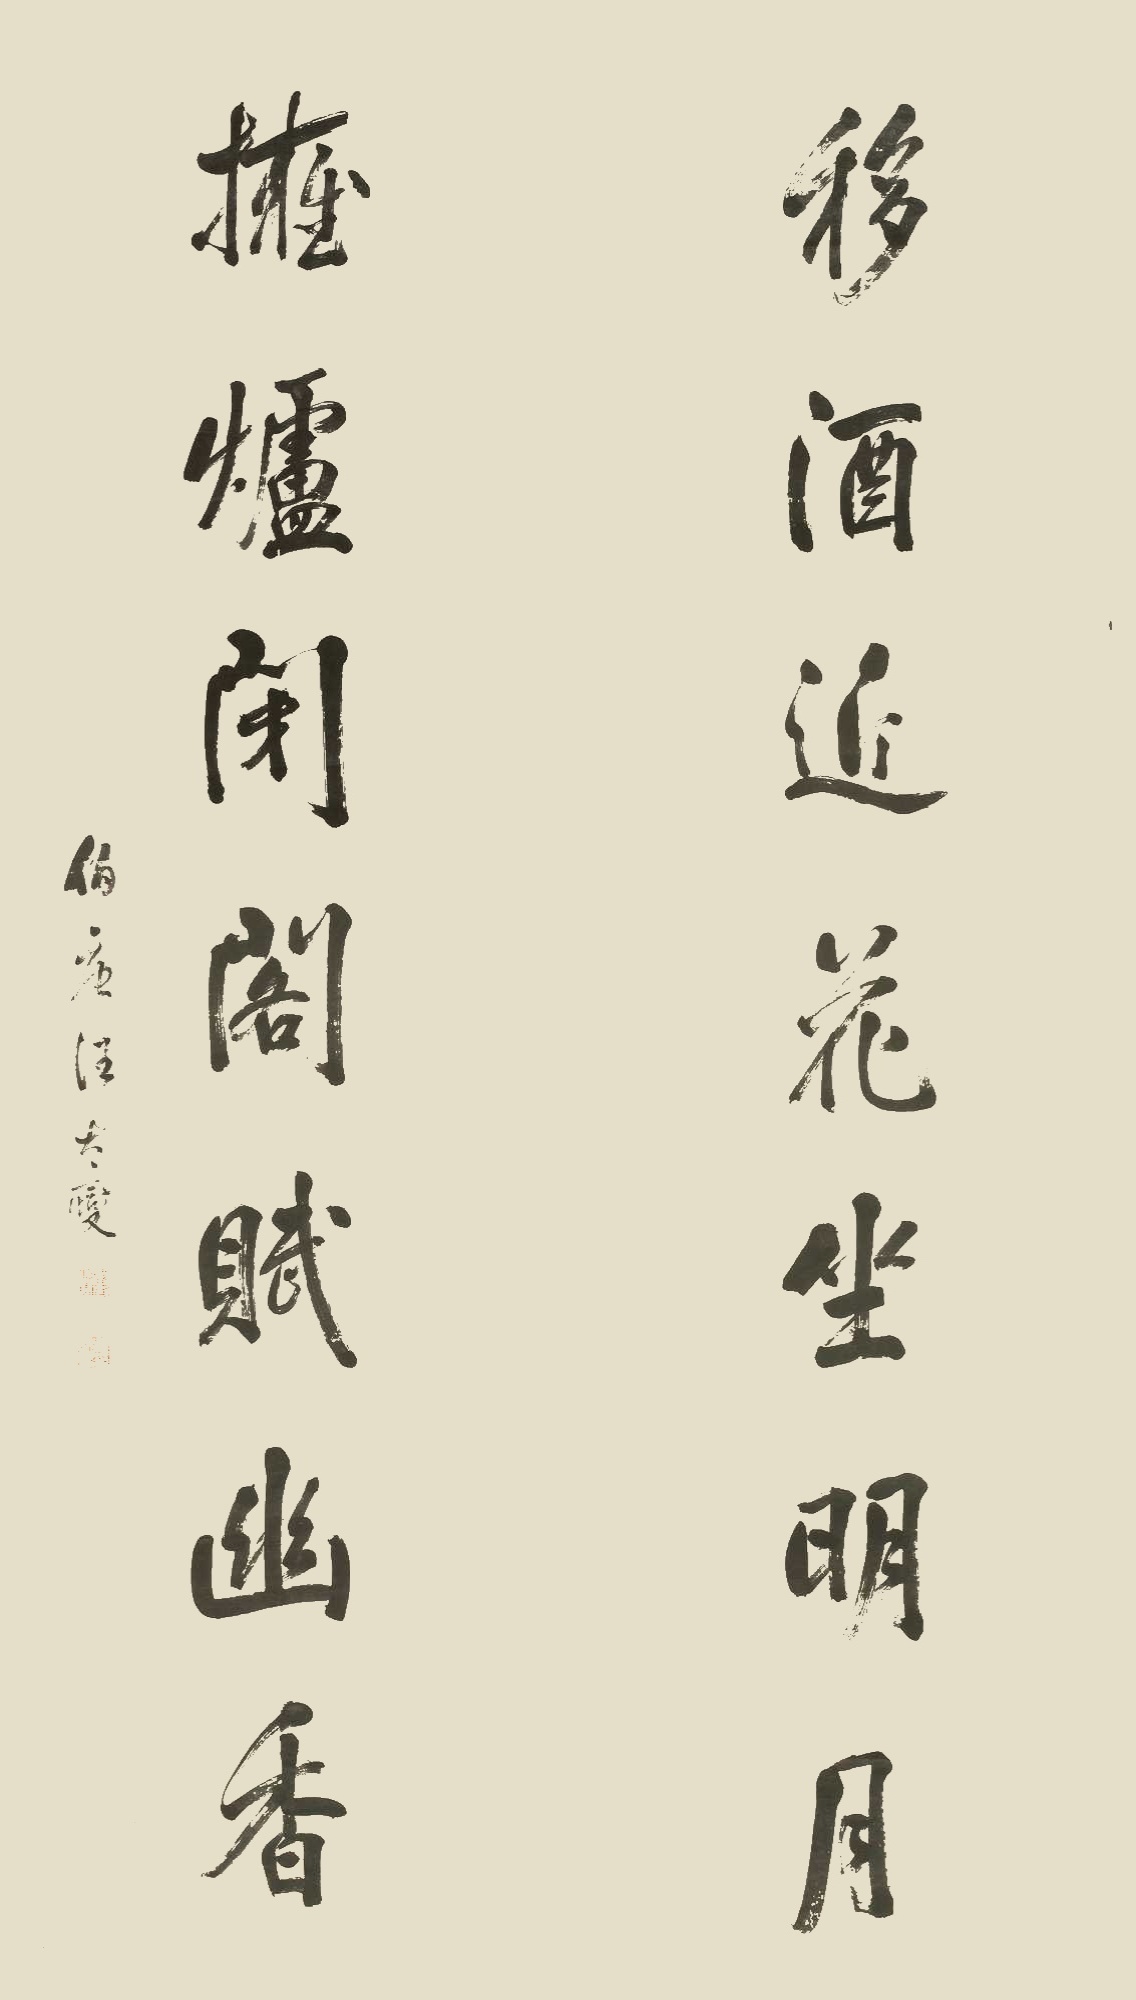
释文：移酒近花坐明月，拥炉闭阁赋幽香。伯唐汪大燮。